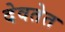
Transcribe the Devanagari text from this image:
देवतेत